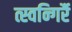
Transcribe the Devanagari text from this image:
त्स्वन्गिर्रै